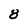
Character: 8